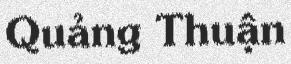
Quảng Thuận